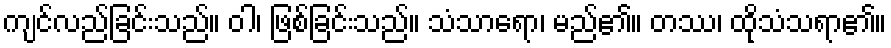
ကျင်လည်ခြင်းသည်။ ဝါ၊ ဖြစ်ခြင်းသည်။ သံသာရော၊ မည်၏။ တဿ၊ ထိုသံသရာ၏။